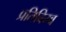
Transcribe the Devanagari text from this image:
प्रतिबिम्‍ब